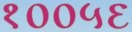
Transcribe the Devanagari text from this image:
१००५६